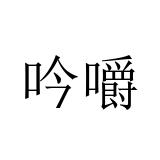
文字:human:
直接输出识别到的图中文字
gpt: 吟嚼